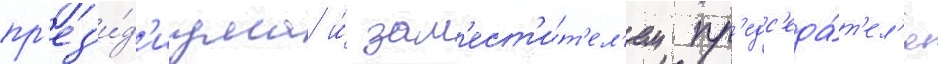
пр'ез'и́д'иума и́ зам'ест'и́т'ел'ем пр'едс'еда́т'ел'я